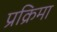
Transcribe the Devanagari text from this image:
प्रक्रिमा